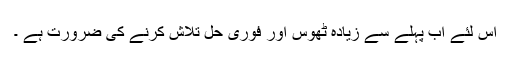
اس لئے اب پہلے سے زیادہ ٹھوس اور فوری حل تلاش کرنے کی ضرورت ہے ۔